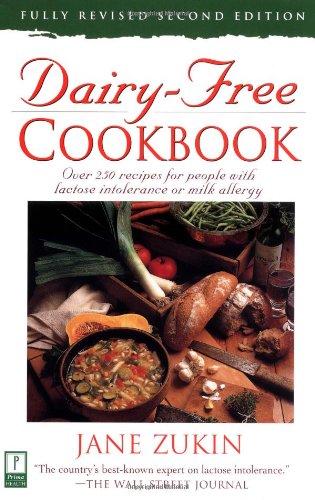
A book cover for Dairy-Free Cookbook, Fully Revised 2nd Edition : Over 250 Recipes for People with Lactose Intolerance or Milk Allergy; Jane Zukin; Cookbooks, Food & Wine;